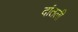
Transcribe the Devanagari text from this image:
दांतली